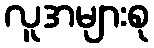
လူအများစု